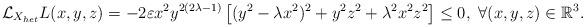
LaTeX: \begin{align*}\mathcal{L}_{X_{het}}L(x,y,z)= -2\varepsilon x^2 y^{2(2\lambda -1)}\left[(y^2-\lambda x^2)^2 +y^2 z^2 + \lambda ^2 x^2 z^2 \right] \leq 0, ~\forall (x,y,z)\in\mathbb{R}^3.\end{align*}